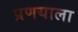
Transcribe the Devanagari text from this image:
प्रणयाला